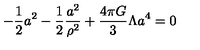
- { \frac { 1 } { 2 } } a ^ { 2 } - { \frac { 1 } { 2 } } { \frac { a ^ { 2 } } { \rho ^ { 2 } } } + { \frac { 4 \pi G } { 3 } } \Lambda a ^ { 4 } = 0